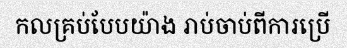
កលគ្រប់បែបយ៉ាង រាប់ចាប់ពីការប្រើ